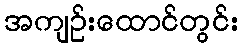
အကျဉ်းထောင်တွင်း